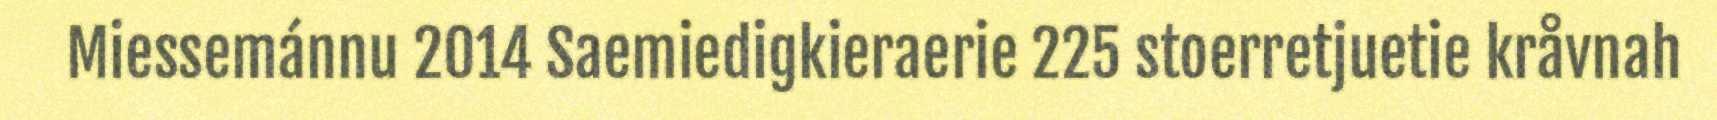
Miessemánnu 2014 Saemiedigkieraerie 225 stoerretjuetie kråvnah